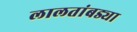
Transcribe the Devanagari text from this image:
लालतांबड्या